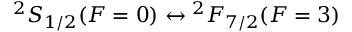
{ } ^ { 2 } S _ { 1 / 2 } ( F = 0 ) \leftrightarrow { } ^ { 2 } F _ { 7 / 2 } ( F = 3 )